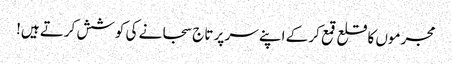
مجرموں کا قلع قمع کر کے اپنے سر پر تاج سجانے کی کوشش کرتے ہیں!